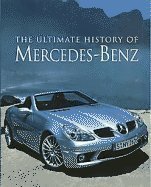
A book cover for The Ultimate History Of Mercedes-Benz; Trevor Legate; Engineering & Transportation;